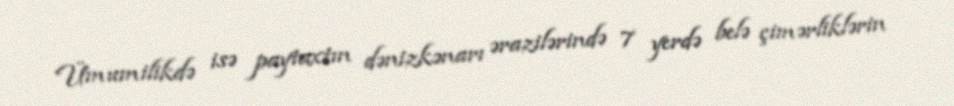
Ümumilikdə isə paytaxtın dənizkənarı ərazilərində 7 yerdə belə çimərliklərin